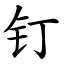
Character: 钉